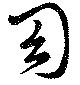
幻